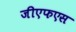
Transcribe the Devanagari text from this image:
जीएफएस